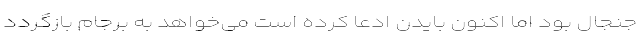
جنجال‌ بود اما اکنون بایدن ادعا کرده است می‌خواهد به برجام بازگردد